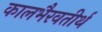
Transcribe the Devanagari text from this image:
कालभैरवतीर्थ